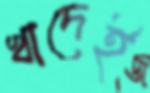
খাদেই